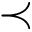
\prec